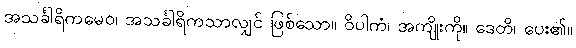
အသင်္ခါရိကမေဝ၊ အသင်္ခါရိကသာလျှင် ဖြစ်သော။ ဝိပါကံ၊ အကျိုးကို။ ဒေတိ၊ ပေး၏။